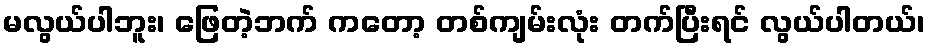
မလွယ်ပါဘူး၊ ဖြေတဲ့ဘက် ကတော့ တစ်ကျမ်းလုံး တက်ပြီးရင် လွယ်ပါတယ်၊